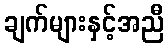
ချက်များနှင့်အညီ